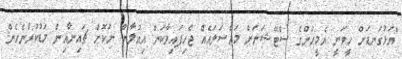
"އަޅުގަނޑަށް ހީވަނީ އެމީހުންގެ ސްޓޭޝަނަށް މައްސަލައެއް ޖެހިފައިވާކަން އިއުލާން ނުކޮށް ޗައިނާއިން މަޑުކުރާނެހެން